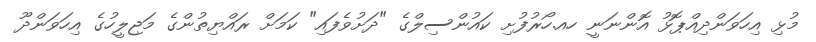
މުޅި އިހަވަންދިއްޕޮޅު އޮންނަނީ ހއ.ހޯރުފުށި ކައުންސިލްގެ "ދަށުވެފައި" ކަމަށް ރައްޔިތުންގެ މަޖިލީހުގެ އިހަވަންދޫ